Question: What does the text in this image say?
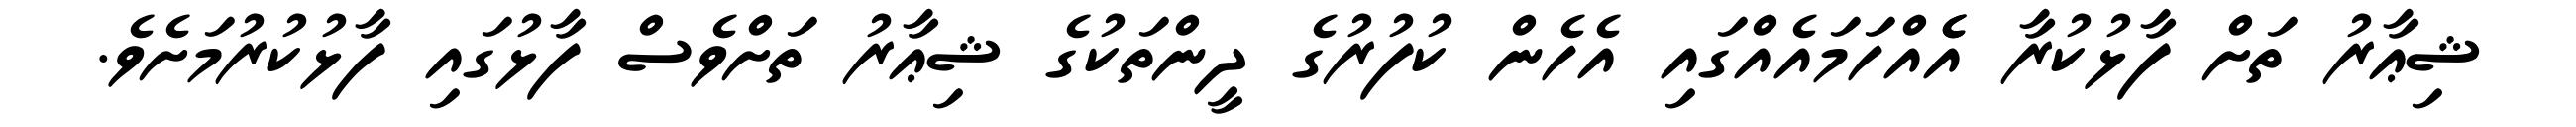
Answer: ޝިޢާރު ތަށް ފާޅުކުރާ އެެއްހަމައެއްގައި އެހެން ކުފުރުގެ ދީންތަކުގެ ޝިޢާރު ތަށްވެސް ފާޅުގައި ފާޅުކުރުމަށެވެ.